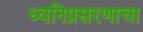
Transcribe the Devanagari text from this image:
ध्वनिप्रसरणाचा